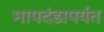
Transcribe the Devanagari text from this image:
मापदंडापर्यंत